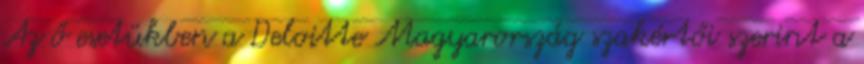
Az ő esetükben a Deloitte Magyarország szakértői szerint a